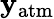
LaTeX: \mathbf{y}_{\mathrm{{atm}}}